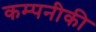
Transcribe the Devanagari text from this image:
कम्पनीकी